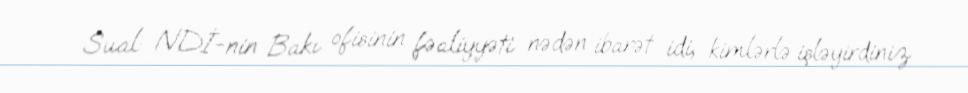
Sual: NDİ-nin Bakı ofisinin fəaliyyəti nədən ibarət idi, kimlərlə işləyirdiniz